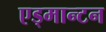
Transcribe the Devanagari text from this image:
एड्मान्टन